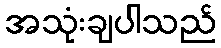
အသုံးချပါသည်